Indian journal of veterinary science and animal husbandry - Volumes 18-21, 1948-1951
Year: 1948
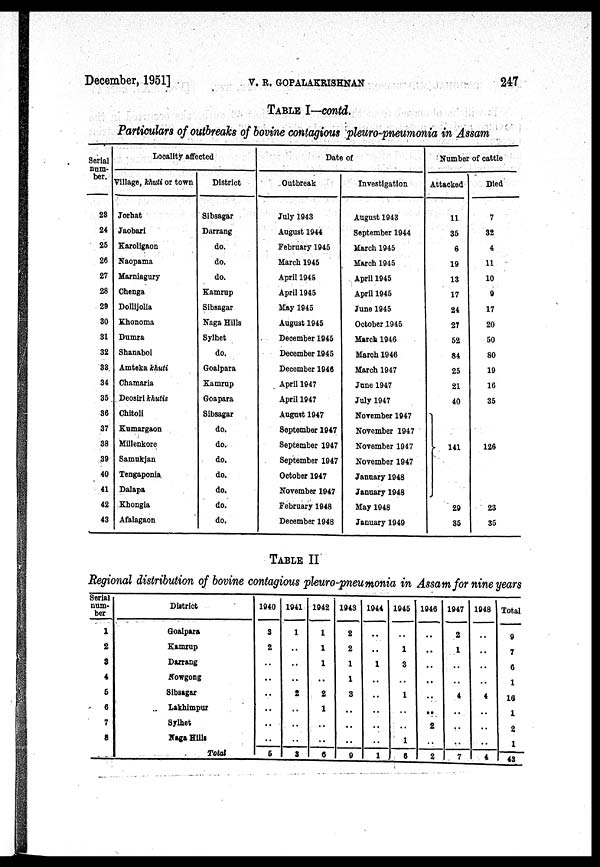
December, 1951]
V.
R.
GOPALAKRISHNAN
247
TABLE I—contd.
Particulars of outbreaks of bovine contagious pleuro-pneumonia in Assam
Serial
num-
ber.
23
24
25
26
27
28
29
30
31
32
33
34
35
36
37
38
39
40
41
42
43
Locality affected
Village, khuti or town
Jorhat
Jaobari
Karoligaon
Naopama
Marniagury
Chenga
Dollijolia
Khonoma
Dumra
Shanabol
Amteka khuti
Chamaria
Deosiri khutis
Chitoli
Kumargaon
Millenkore
Samukjan
Tengaponia
Dalapa
Khongia
Afalagaon
District
Sibsagar
Darrang
do.
do.
do.
Kamrup
Sibsagar
Naga Hills
Sylhet
do.
Goalpara
Kamrup
Goapara
Sibsagar
do.
do.
do.
do.
do.
do.
do.
Date of
Outbreak
July 1943
August 1944
February 1945
March 1945
April 1945
April 1945
May 1945
August 1945
December 1945
December 1945
December 1946
April 1947
April 1947
August 1947
September 1947
September 1947
September 1947
October 1947
November 1947
February 1948
December 1948
Investigation
August 1943
September 1944
March 1945
March 1945
April 1945
April 1945
June 1945
October 1945
March 1946
March 1946
March 1947
June 1947
July 1947
November 1947
November 1947
November 1947
November 1947
January 1948
January 1948
May 1948
January 1949
Number of cattle
Attacked
11
35
6
19
13
17
24
27
52
84
25
21
40
141
29
35
Died
7
32
4
11
10
9
17
20
50
80
19
16
35
126
23
35
TABLE II
Regional distribution of bovine contagious pleuro-pneumonia in Assam for nine years
Serial
num-
ber
1
2
8
4
6
6
7
8
District
Goalpara
Kamrup
Darrang
Nowgong
Sibsagar
Lakhimpur
Sylhet
Naga Hills
Total
1940
3
2
..
..
..
..
..
..
5
1041
1
..
..
..
2
..
..
..
3
1942
1
1
1
..
2
1
..
..
6
1943
2
2
1
1
3
..
..
..
9
1944
..
..
1
..
..
..
..
..
1
1945
..
1
3
..
1
..
..
1
6
1946
..
..
..
..
..
..
2
..
2
1947
2
1
..
..
4
..
..
..
7
1948
..
..
..
..
4
..
..
..
4
Total
9
7
6
1
16
1
2
1
43